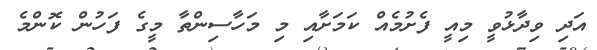
އަދި ވިދާޅުވީ މިއީ ފެށުމެއް ކަމަށާއި މި މަހާސިންތާ މީގެ ފަހުން ކޮންމެ